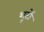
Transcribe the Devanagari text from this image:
शूटों